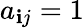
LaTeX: a_{\mathbf{i}j}=1